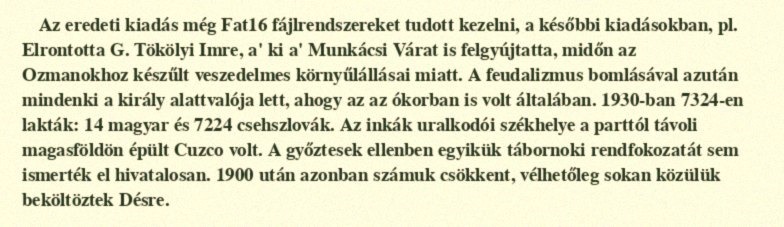
Az eredeti kiadás még Fat16 fájlrendszereket tudott kezelni, a későbbi kiadásokban, pl. Elrontotta G. Tökölyi Imre, a' ki a' Munkácsi Várat is felgyújtatta, midőn az Ozmanokhoz készűlt veszedelmes környűlállásai miatt. A feudalizmus bomlásával azután mindenki a király alattvalója lett, ahogy az az ókorban is volt általában. 1930-ban 7324-en lakták: 14 magyar és 7224 csehszlovák. Az inkák uralkodói székhelye a parttól távoli magasföldön épült Cuzco volt. A győztesek ellenben egyikük tábornoki rendfokozatát sem ismerték el hivatalosan. 1900 után azonban számuk csökkent, vélhetőleg sokan közülük beköltöztek Désre.